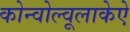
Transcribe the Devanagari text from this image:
कोन्वोल्वूलाकेऐ